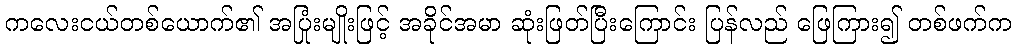
ကလေးငယ်တစ်ယောက်၏ အပြုံးမျိုးဖြင့် အခိုင်အမာ ဆုံးဖြတ်ပြီးကြောင်း ပြန်လည် ဖြေကြား၍ တစ်ဖက်က